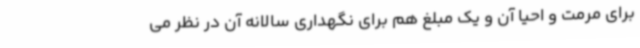
برای مرمت و احیا آن و یک مبلغ هم برای نگهداری سالانه آن در نظر می